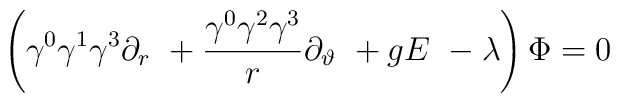
\left( \gamma ^0\gamma ^1\gamma ^3\partial _r\ +\frac{\gamma^0\gamma ^2\gamma ^3}r\partial _\vartheta \ +gE\ -\lambda \right) \Phi=0